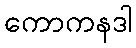
ကောကနဒါ